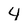
Character: 4